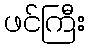
ဖင်ကြီး